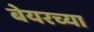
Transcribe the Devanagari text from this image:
बेयरच्या